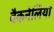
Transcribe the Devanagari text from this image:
बैकनेलिया